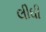
લીઘી